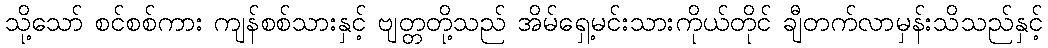
သို့သော် စင်စစ်ကား ကျန်စစ်သားနှင့် ဗျတ္တတို့သည် အိမ်ရှေ့မင်းသားကိုယ်တိုင် ချီတက်လာမှန်းသိသည်နှင့်